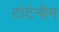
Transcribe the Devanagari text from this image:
टोटेन्हैम